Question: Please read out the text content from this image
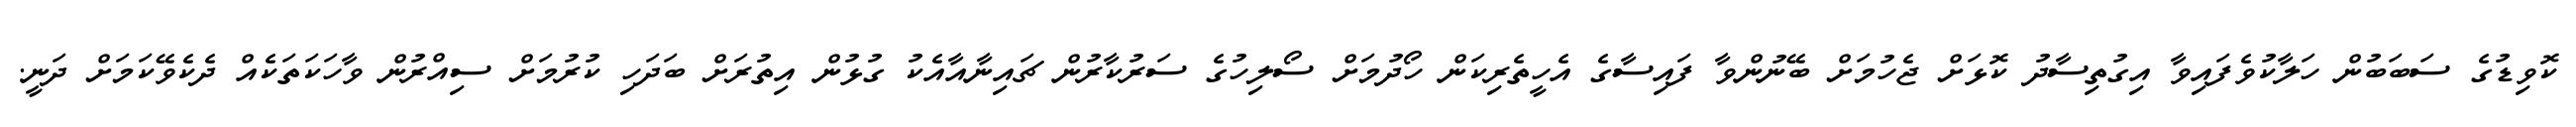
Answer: ކޮވިޑުގެ ސަބަބުން ހަލާކުވެފައިވާ އިގުތިސާދު ކޮޅަށް ޖެހުމަށް ބޭނުންވާ ފައިސާގެ އެހީތެރިކަން ހޯދުމަށް ސޯލިހުގެ ސަރުކާރުން ޗައިނާއާއެކު ގުޅުން އިތުރަށް ބަދަހި ކުރުމަށް ސިއްރުން ވާހަކަތަކެއް ދެކެވޭކަމަށް ދަނީ.